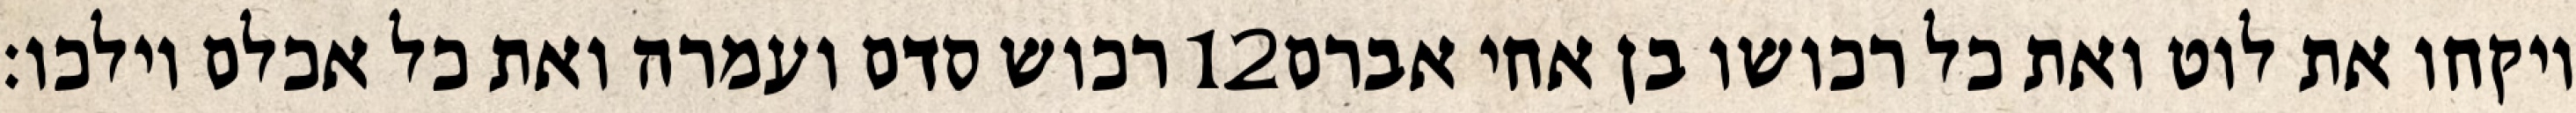
רכוש סדם ועמרה ואת כל אכלם וילכו׃ ‎12‏ ויקחו את לוט ואת כל רכושו בן אחי אברם